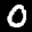
Label: 0